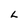
Character: L